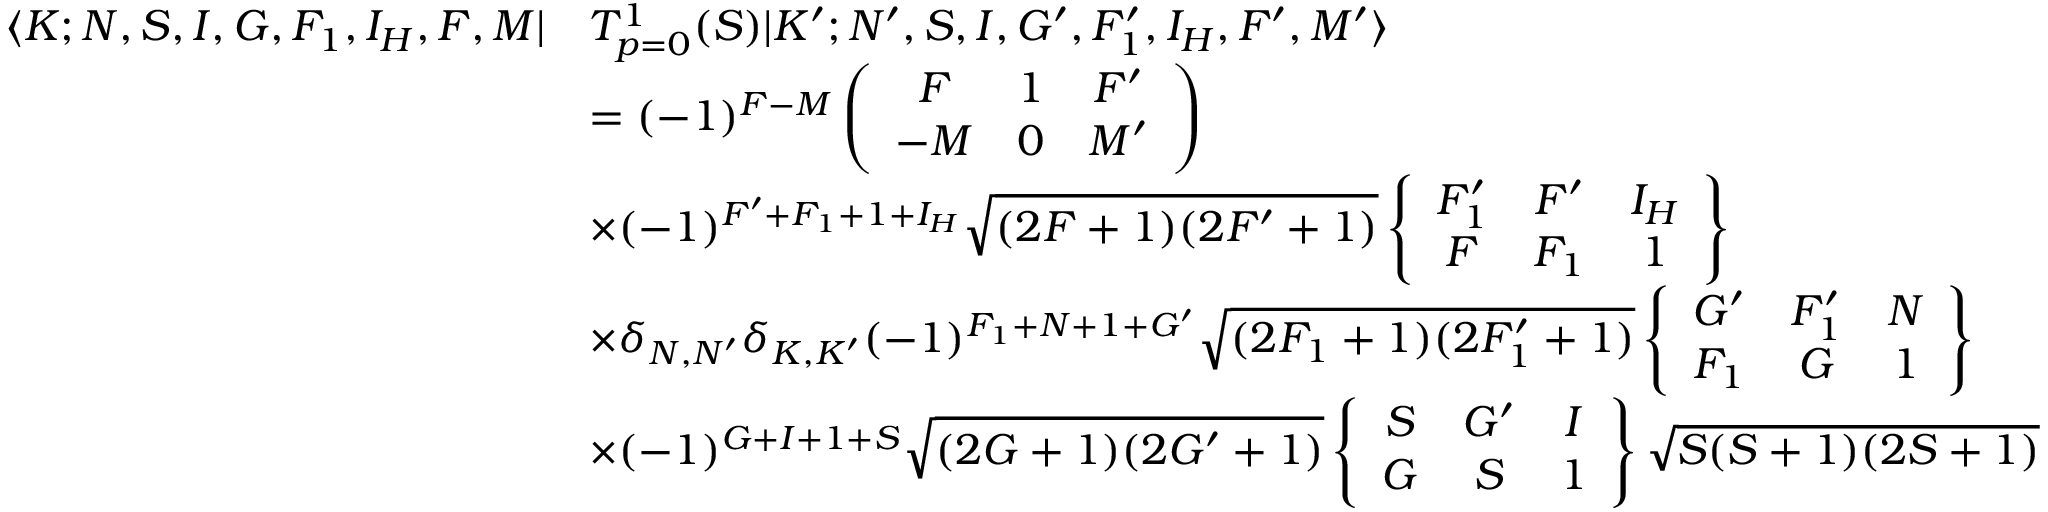
\begin{array} { r l } { \langle K ; N , S , I , G , F _ { 1 } , I _ { H } , F , M | } & { T _ { p = 0 } ^ { 1 } ( S ) | K ^ { \prime } ; N ^ { \prime } , S , I , G ^ { \prime } , F _ { 1 } ^ { \prime } , I _ { H } , F ^ { \prime } , M ^ { \prime } \rangle } \\ & { = ( - 1 ) ^ { F - M } \left( \begin{array} { c c c } { F } & { 1 } & { F ^ { \prime } } \\ { - M } & { 0 } & { M ^ { \prime } } \end{array} \right) } \\ & { \times ( - 1 ) ^ { F ^ { \prime } + F _ { 1 } + 1 + I _ { H } } \sqrt { ( 2 F + 1 ) ( 2 F ^ { \prime } + 1 ) } \left\{ \begin{array} { c c c } { F _ { 1 } ^ { \prime } } & { F ^ { \prime } } & { I _ { H } } \\ { F } & { F _ { 1 } } & { 1 } \end{array} \right\} } \\ & { \times \delta _ { N , N ^ { \prime } } \delta _ { K , K ^ { \prime } } ( - 1 ) ^ { F _ { 1 } + N + 1 + G ^ { \prime } } \sqrt { ( 2 F _ { 1 } + 1 ) ( 2 F _ { 1 } ^ { \prime } + 1 ) } \left\{ \begin{array} { c c c } { G ^ { \prime } } & { F _ { 1 } ^ { \prime } } & { N } \\ { F _ { 1 } } & { G } & { 1 } \end{array} \right\} } \\ & { \times ( - 1 ) ^ { G + I + 1 + S } \sqrt { ( 2 G + 1 ) ( 2 G ^ { \prime } + 1 ) } \left\{ \begin{array} { c c c } { S } & { G ^ { \prime } } & { I } \\ { G } & { S } & { 1 } \end{array} \right\} \sqrt { S ( S + 1 ) ( 2 S + 1 ) } } \end{array}